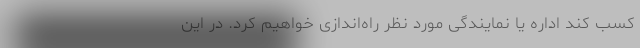
کسب کند اداره یا نمایندگی مورد نظر راه‌اندازی خواهیم کرد. در این